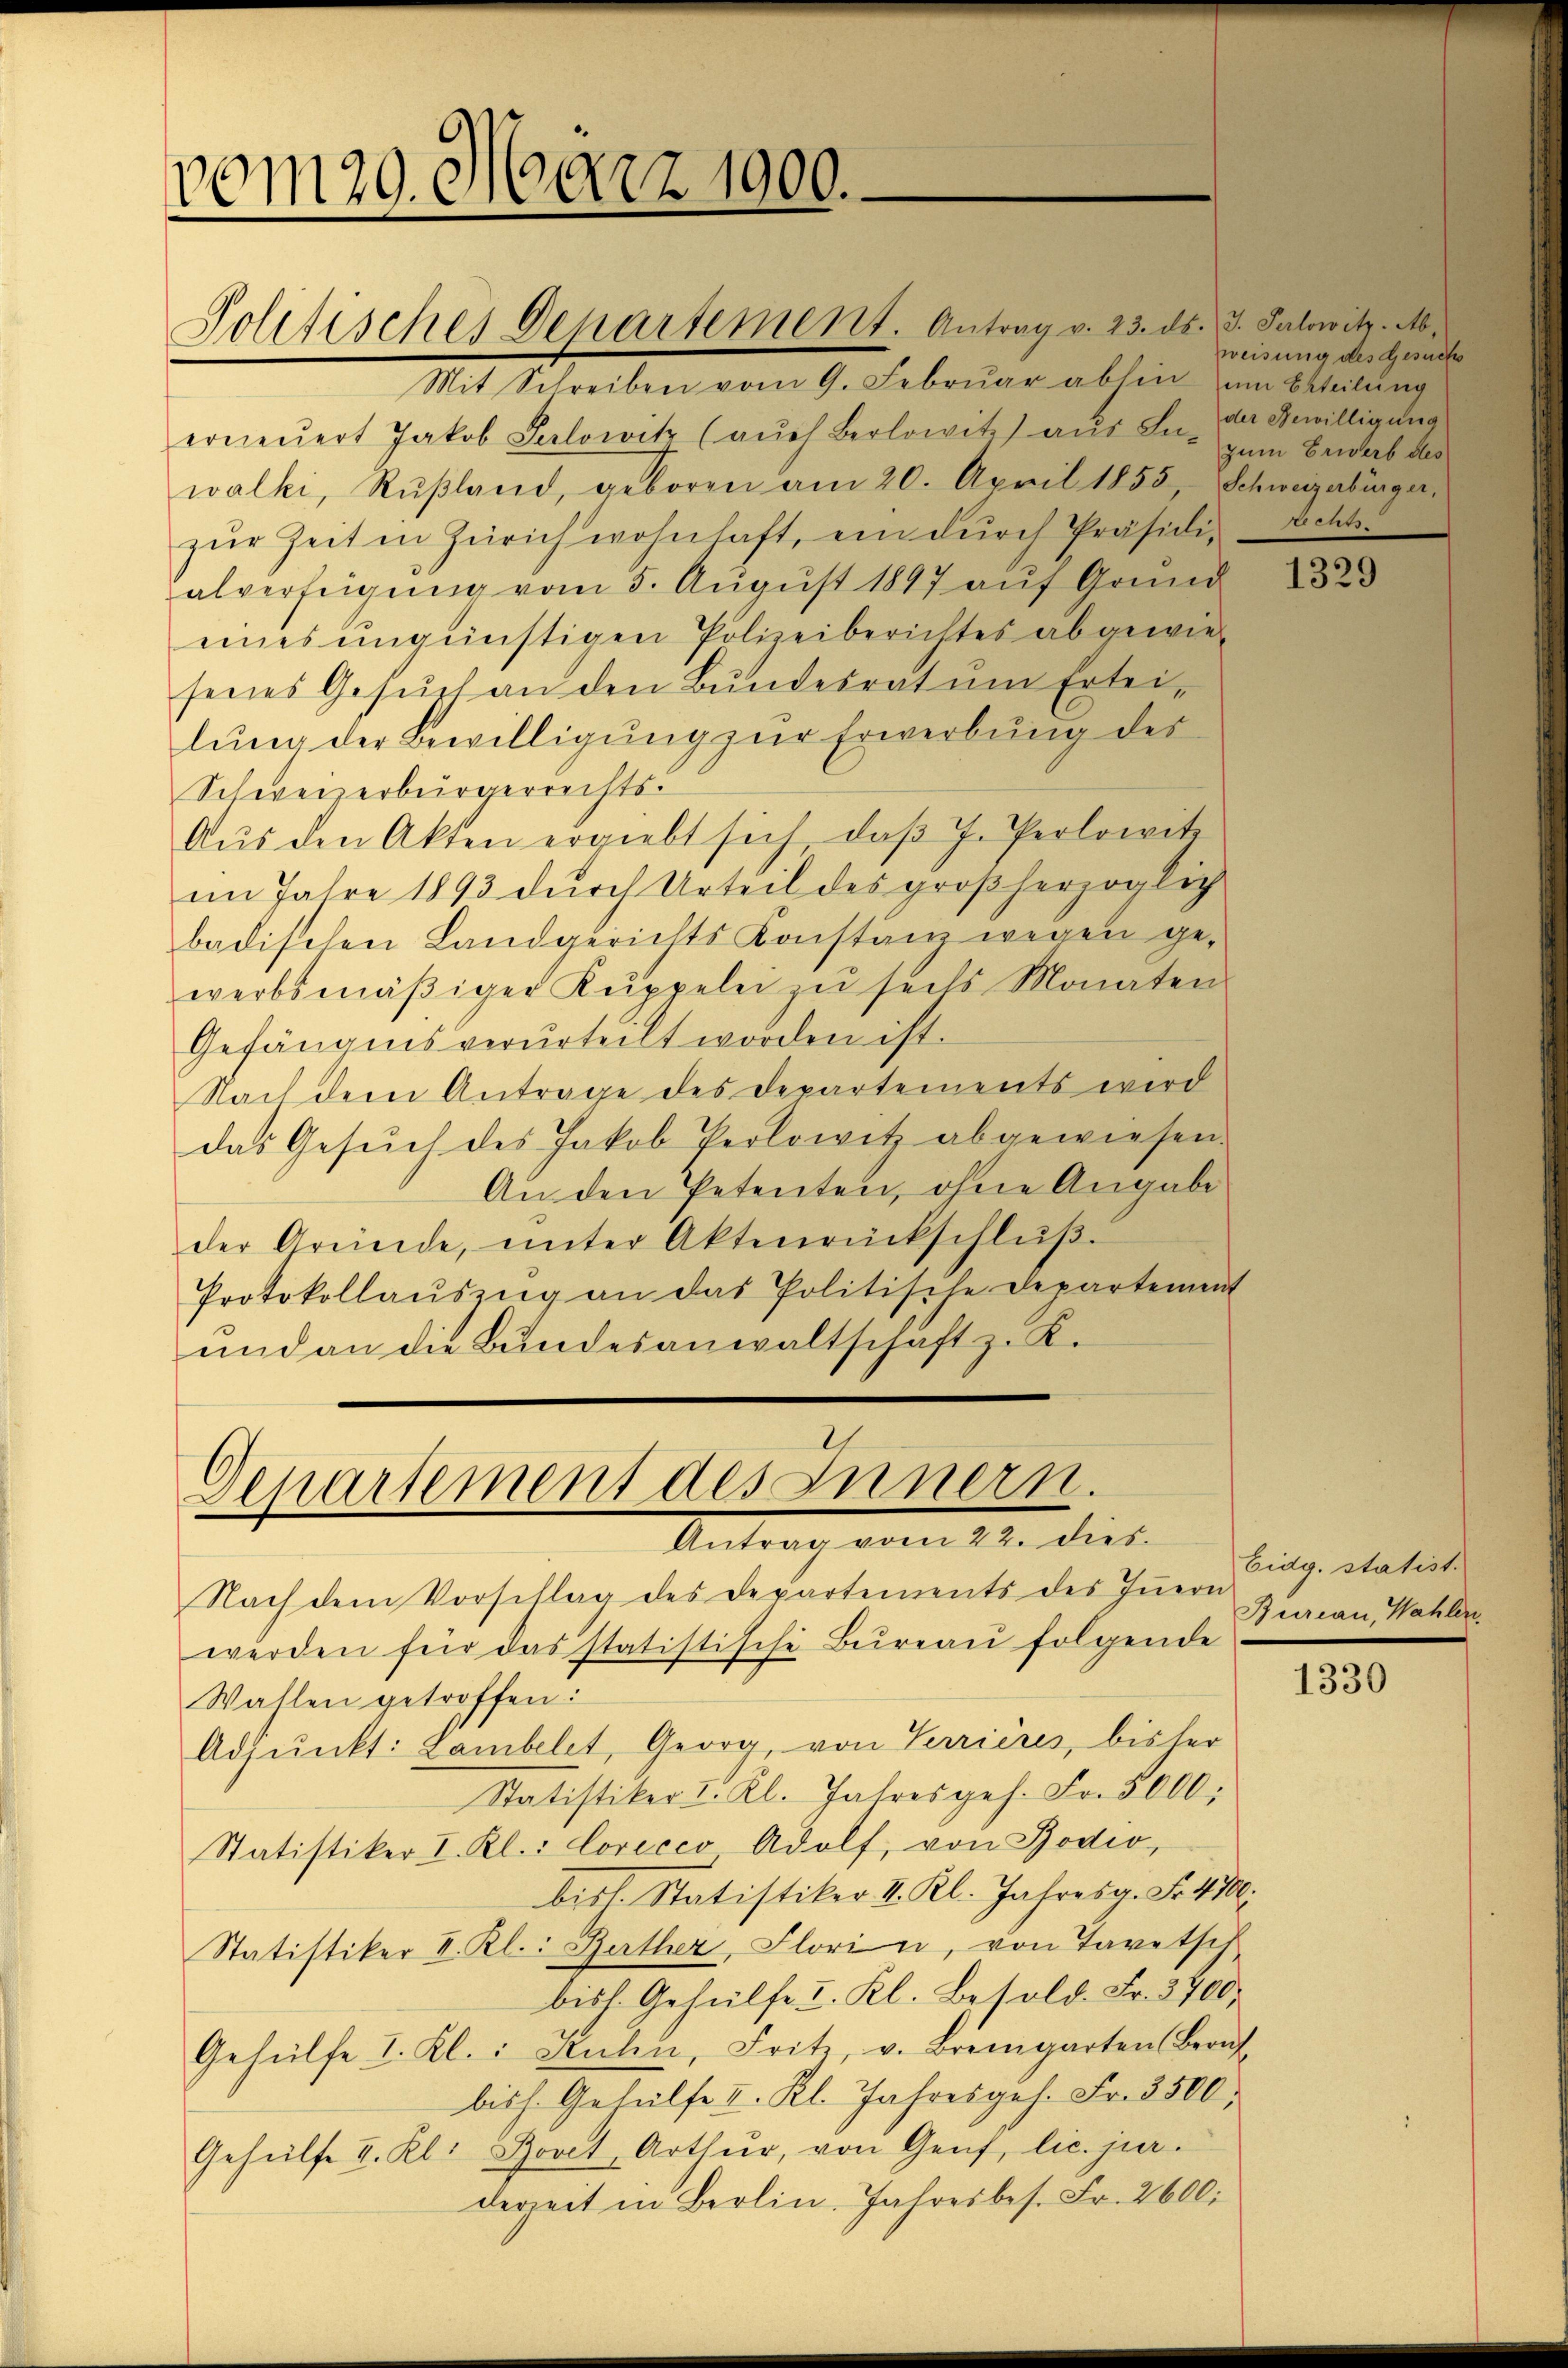
vom129. März 1900.

Politisches Genartement. Antrag v. 23. ds. 3. Palowitz. M.

Mit Schreiben vom 9. Febrŭar abhin am Beteilŭng
erneŭert Jakob Selowitz (aŭch Berlowitz) aus La-
walki, Rŭβland, geboren am 20. April 1855, Schweizerbürger,
zŭr Zeit in Zürich wohnhaft, ein dŭrch Präsidialverfügung vom 5. August 1897 auf Grund
eines ungünstigen Polizeiberichtes abgewiesenes Gesŭch an den Bŭndesrat ŭm Ertei-
lung der Bewilligung zur Erwerbung des
Schweizerbürgerrechts-
Aŭs den Akten ergiebt sich, daβ J. Perlowitz
im Jahre 1893 durch Urteil des großherzoglich
badischen Landgerichts Konstanz wegen gewerbsmäβiger Kuppelei zŭ seits Monaten
Gefängnis verurteilt worden ist.
Nach dem Antrage des Departements wird
das Gesŭch des Jakob Perlowitz abgewiesen.
An den Petenten, ohne Angabe
der Gründe, ŭnter Aktenrückschlŭβ:
Protokollaŭszŭg an das Politische Departement
und an die Bŭndesanwaltschaft z. K.

Departement des Innern.
Antrag vom 22. dies

Nach dem Vorschlag des Departements des Iṅern
werden für das statistische Bureau folgende
Wahlen getroffen:
Adjunkt: Lambelet, Georg, von Terrières, bisher
Statistiker I. Kl. Jahresges. Fr. 5000.
Statistiker I. Kl.: Corecco Adolf, von Bodio,
bisl. Statistiker II. Kl. Jahresg. Fr. 470:
Statistiker II. Kl.: Barther, Florie, von Tavetsch
bish. Gehülfe I. Kl. Besold. Fr. 3700;
Gehülfe I. Kl.: Kuhn, Fritz, v. Bremgarten Beruf-
bisch. Gehülfe II. Kl. Jahresges. Fr. 3500;
Gehülfe I. Kl. Bovet Arthŭr, von Genf, lic. jur.
derzeit in Berlin. Jahresbes. Fr. 2600.

weisung des Gesuch
der Gewilligung
zum Erwerb des

1329

Eidg. statist.
Bureau, Wahlen.

1330